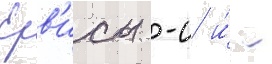
Ерв'исы -с и́ -